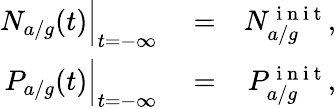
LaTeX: \begin{array}{rlr}{N_{a/g}(t)\Big|_{t=-\infty}}&{{}=}&{N_{a/g}^{\mathrm{~i~n~i~t~}},}\\ {P_{a/g}(t)\Big|_{t=-\infty}}&{{}=}&{P_{a/g}^{\mathrm{~i~n~i~t~}},}\end{array}